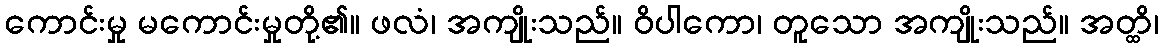
ကောင်းမှု မကောင်းမှုတို့၏။ ဖလံ၊ အကျိုးသည်။ ဝိပါကော၊ တူသော အကျိုးသည်။ အတ္ထိ၊